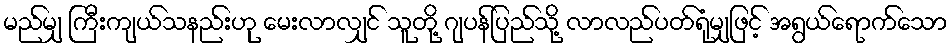
မည်မျှ ကြီးကျယ်သနည်းဟု မေးလာလျှင် သူတို့ ဂျပန်ပြည်သို့ လာလည်ပတ်ရုံမျှဖြင့် အရွယ်ရောက်သော